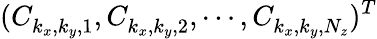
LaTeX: (C_{k_{x},k_{y},1}^{},C_{k_{x},k_{y},2}^{},\cdots,C_{k_{x},k_{y},N_{z}}^{})^{T}